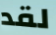
لقد